Punjab Mental Hospital Lahore 1922-31 - 1922-1931
Year: 1922
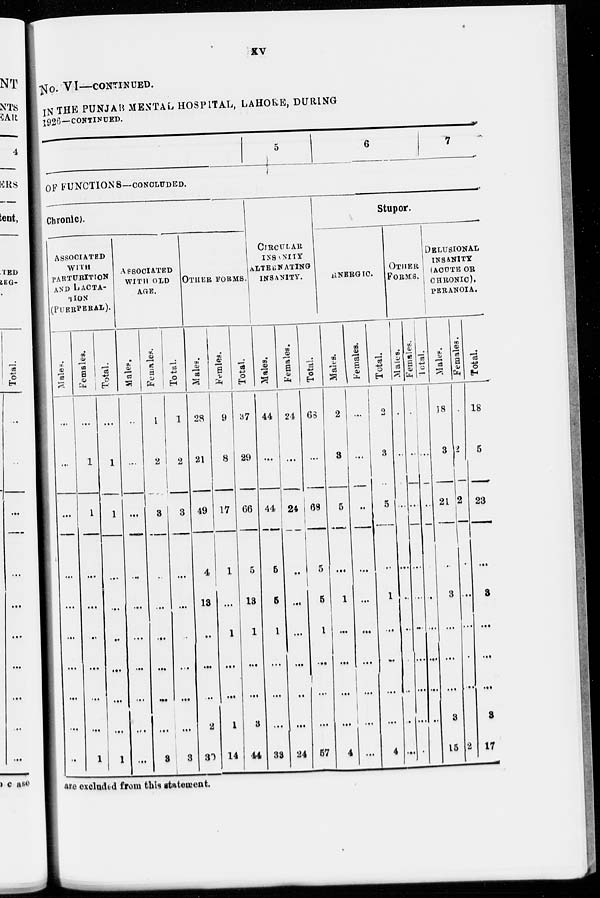
xv
No. VI—CONTINUED.
IN THE PUNJAB MENTAL HOSPITAL, LAHORE, DURING
1926—CONTINUED.
5
6
7
OF FUNCTIONS—CONCLUDED.
Chronic).
ASSOCIATED
WITH
PARTURlTION
AND LACTA-
TION
(PUERPERAL).
Males.
...
...
...
...
...
...
...
...
...
...
Females.
...
1
1
...
...
...
...
...
...
1
Total.
...
1
1
...
...
...
...
...
...
1
ASSOCIATED
WITH OLD
AGE.
Males.
...
...
...
...
...
...
...
...
...
...
Females.
1
2
3
...
...
...
...
...
...
3
Total.
1
2
3
...
...
...
...
...
...
3
OTHER FORMS.
M ales.
28
21
49
4
18
...
...
...
2
30
Famles.
9
8
17
1
...
1
...
...
1
14
Total.
37
29
66
5
18
1
...
...
3
44
CIRCULAR
INSANITY
ALTERNATING
INSANITY.
Males.
44
...
44
5
5
1
...
...
...
33
Females.
24
...
24
...
...
...
...
...
...
24
Total.
68
...
68
5
5
1
...
...
...
57
Stupor.
ENERGIC.
Males.
2
3
5
...
1
...
...
...
...
4
Females.
...
...
...
...
...
...
...
...
...
...
Total.
2
3
5
...
1
...
...
...
...
4
OTHER
FORMS.
Males.
...
...
...
...
..
...
...
...
...
...
Females.
...
...
...
...
...
...
...
...
...
...
Total.
...
...
...
...
...
...
...
...
...
...
DELUSIONAL
INSANITY
(ACUTE OR
CHRONIC).
PERANOIA.
Males.
18
3
21
...
3
...
...
...
...
15
Females.
...
2
2
...
...
...
...
...
3
2
Total.
18
5
23
...
3
...
...
...
3
17
are excluded from this statement.